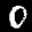
Label: 0